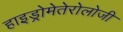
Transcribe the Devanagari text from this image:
हाइड्रोमेतेरोलोजी